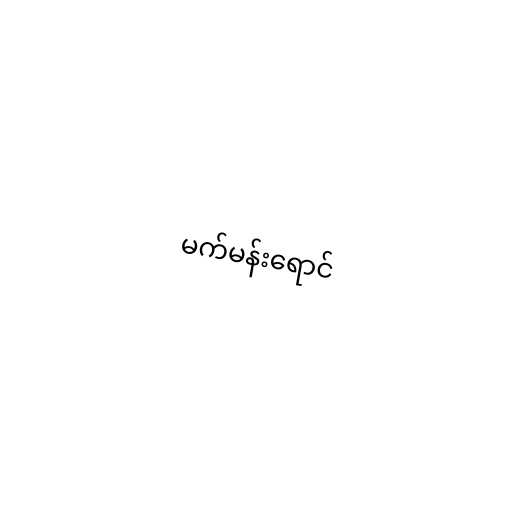
မက်မန်းရောင်